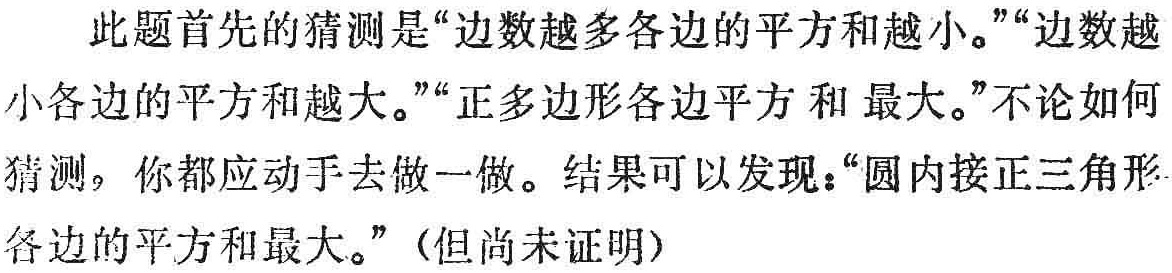
此题首先的猜测是“边数越多各边的平方和越小。”“边数越小各边的平方和越大。”“正多边形各边平方和最大。”不论如何猜测，你都应动手去做一做。结果可以发现：“圆内接正三角形各边的平方和最大。”（但尚未证明）